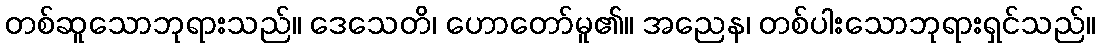
တစ်ဆူသောဘုရားသည်။ ဒေသေတိ၊ ဟောတော်မူ၏။ အညေန၊ တစ်ပါးသောဘုရားရှင်သည်။